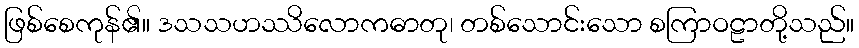
ဖြစ်စေကုန်၏။ ဒသသဟဿိလောကဓာတု၊ တစ်သောင်းသော စကြာဝဠာတို့သည်။